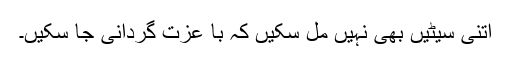
اتنی سیٹیں بھی نہیں مل سکیں کہ با عزت گردانی جا سکیں۔